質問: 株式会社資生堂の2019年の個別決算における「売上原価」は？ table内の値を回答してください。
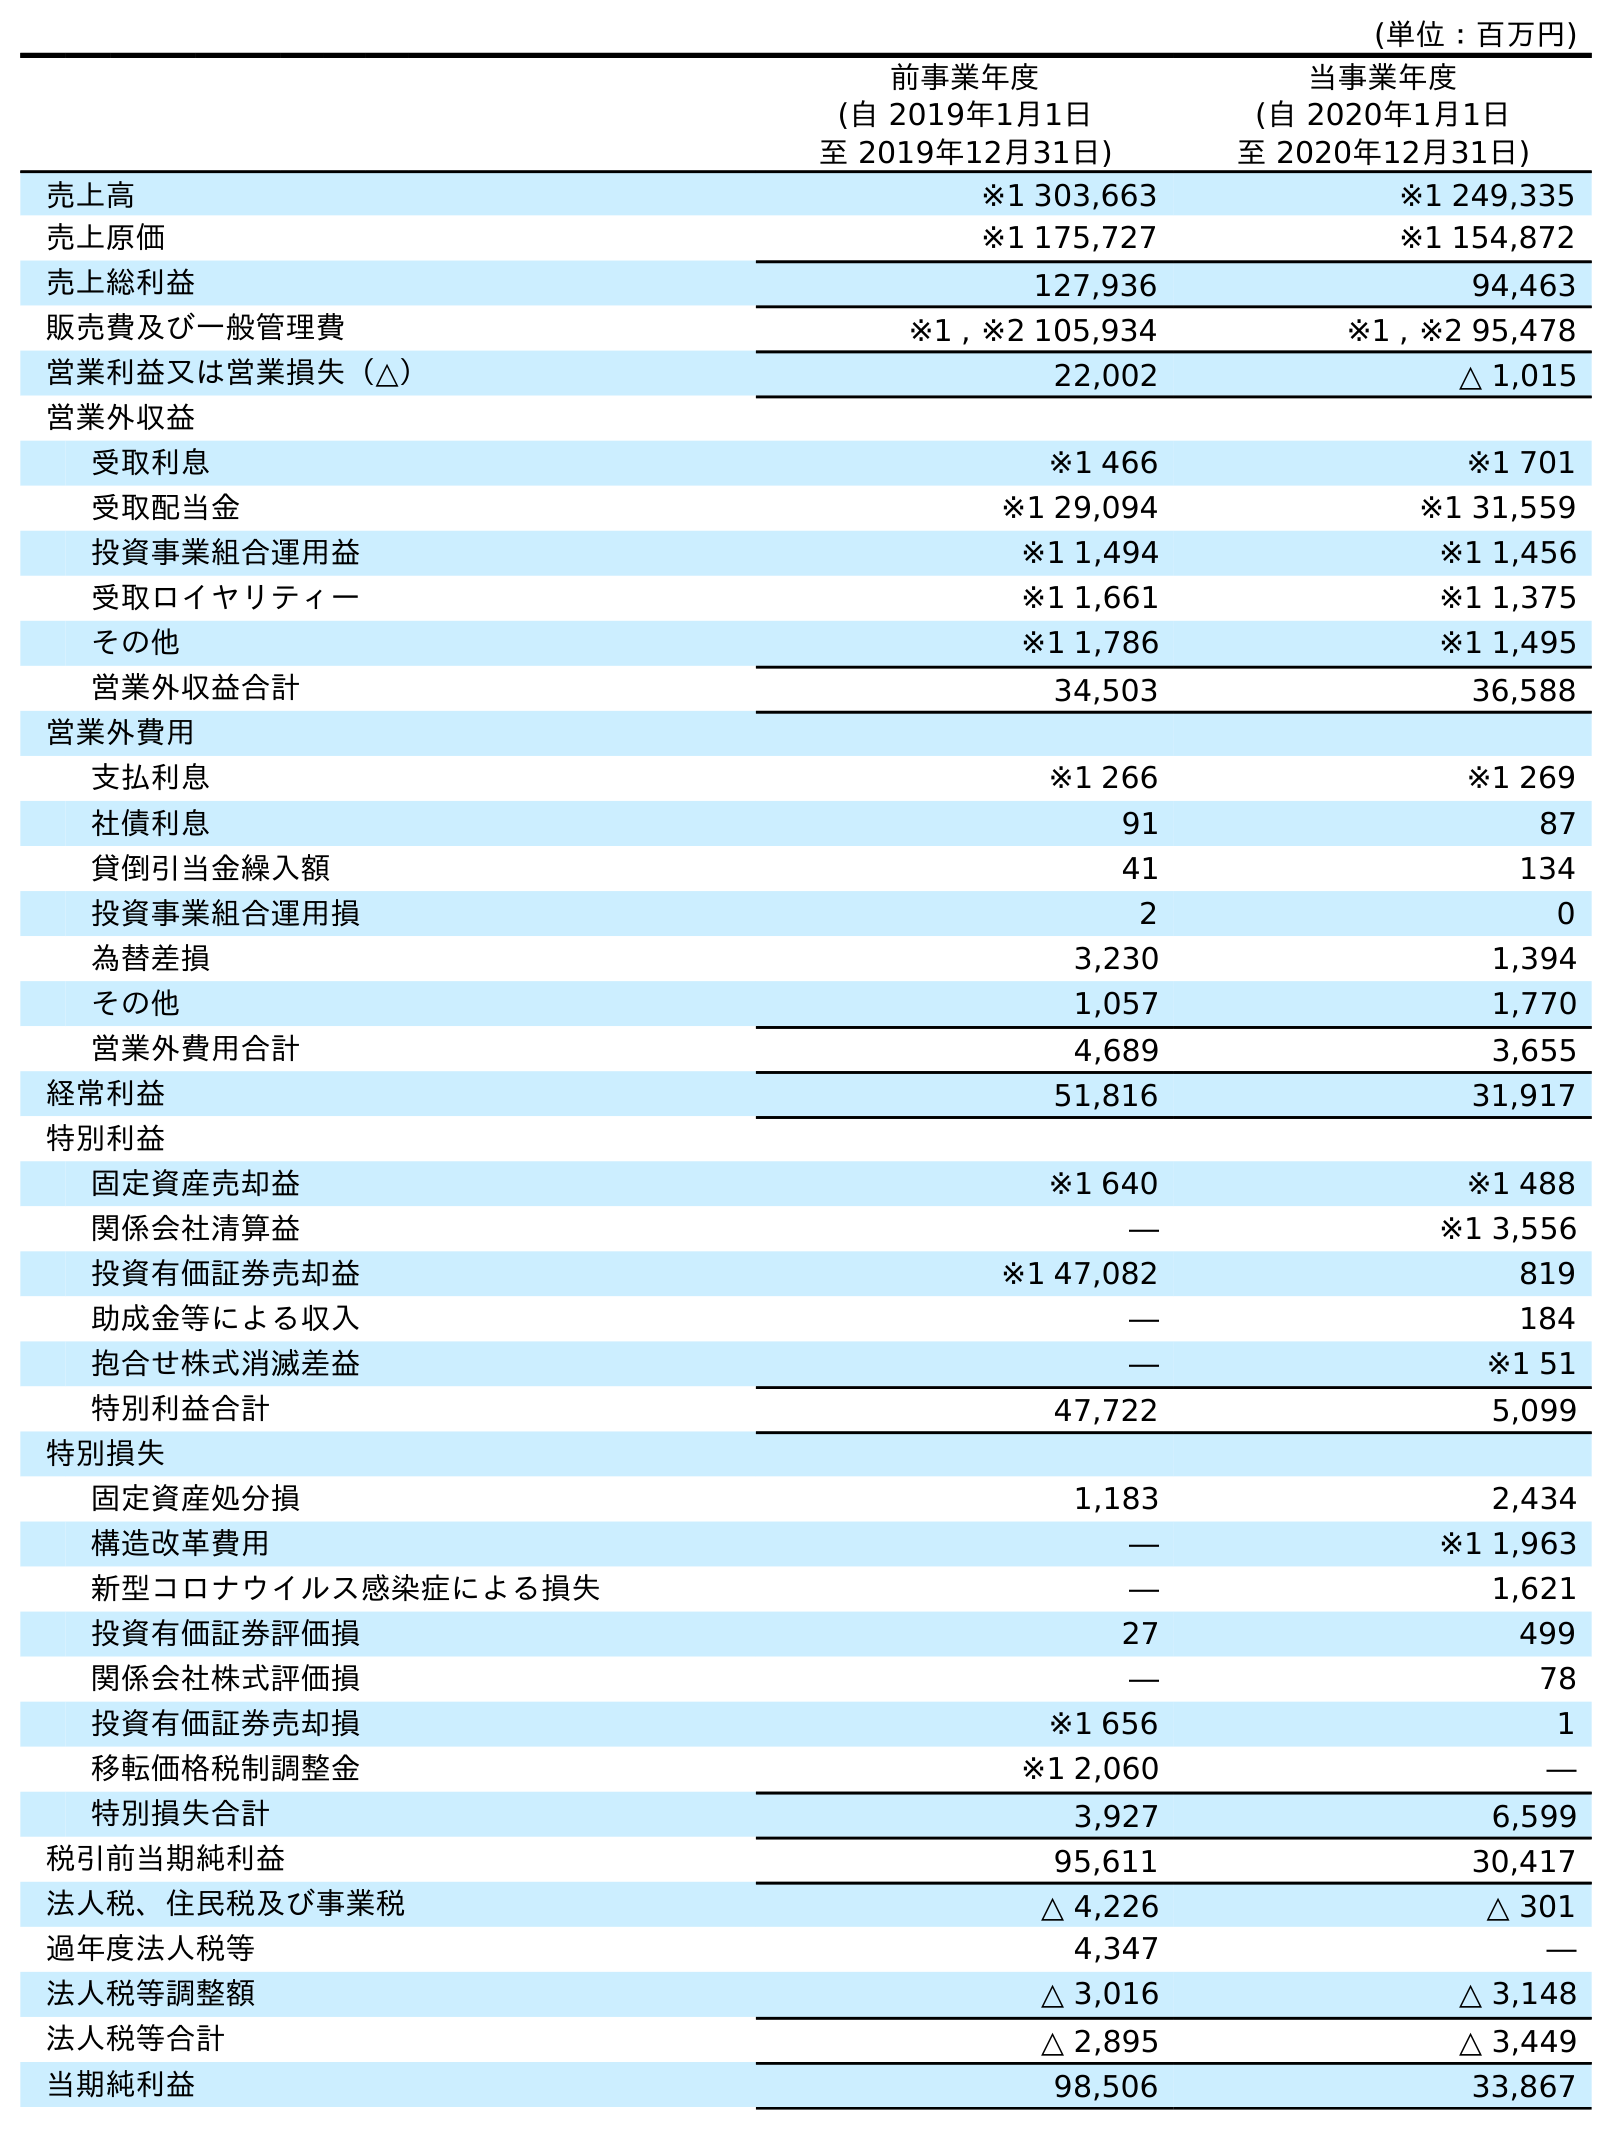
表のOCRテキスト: (単位：百万円) 前事業年度 (自 2019年1月1日 至 2019年12月31日) 当事業年度 (自 2020年1月1日 至 2020年12月31日) 売上高 ※1 303,663 ※1 249,335 売上原価 ※1 175,727 ※1 154,872 売上総利益 127,936 94,463 販売費及び一般管理費 ※1 , ※2 105,934 ※1 , ※2 95,478 営業利益又は営業損失（△） 22,002 △ 1,015 営業外収益 受取利息 ※1 466 ※1 701 受取配当金 ※1 29,094 ※1 31,559 投資事業組合運用益 ※1 1,494 ※1 1,456 受取ロイヤリティー ※1 1,661 ※1 1,375 その他 ※1 1,786 ※1 1,495 営業外収益合計 34,503 36,588 営業外費用 支払利息 ※1 266 ※1 269 社債利息 91 87 貸倒引当金繰入額 41 134 投資事業組合運用損 2 0 為替差損 3,230 1,394 その他 1,057 1,770 営業外費用合計 4,689 3,655 経常利益 51,816 31,917 特別利益 固定資産売却益 ※1 640 ※1 488 関係会社清算益 ― ※1 3,556 投資有価証券売却益 ※1 47,082 819 助成金等による収入 ― 184 抱合せ株式消滅差益 ― ※1 51 特別利益合計 47,722 5,099 特別損失 固定資産処分損 1,183 2,434 構造改革費用 ― ※1 1,963 新型コロナウイルス感染症による損失 ― 1,621 投資有価証券評価損 27 499 関係会社株式評価損 ― 78 投資有価証券売却損 ※1 656 1 移転価格税制調整金 ※1 2,060 ― 特別損失合計 3,927 6,599 税引前当期純利益 95,611 30,417 法人税、住民税及び事業税 △ 4,226 △ 301 過年度法人税等 4,347 ― 法人税等調整額 △ 3,016 △ 3,148 法人税等合計 △ 2,895 △ 3,449 当期純利益 98,506 33,867
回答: ※1175,727